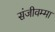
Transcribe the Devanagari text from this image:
संजीवम्मा